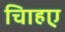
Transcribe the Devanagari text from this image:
चािहए